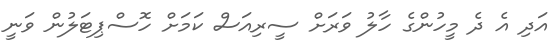
އަދި އެ ދެ މީހުންގެ ހާލު ވަރަށް ސީރިއަސް ކަމަށް ހޮސްޕިޓަލުން ވަނީ